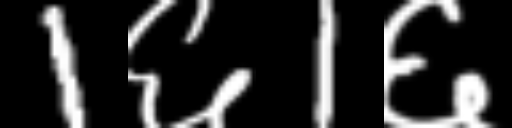
Text: 1६1६